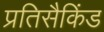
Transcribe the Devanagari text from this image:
प्रतिसैकिंड